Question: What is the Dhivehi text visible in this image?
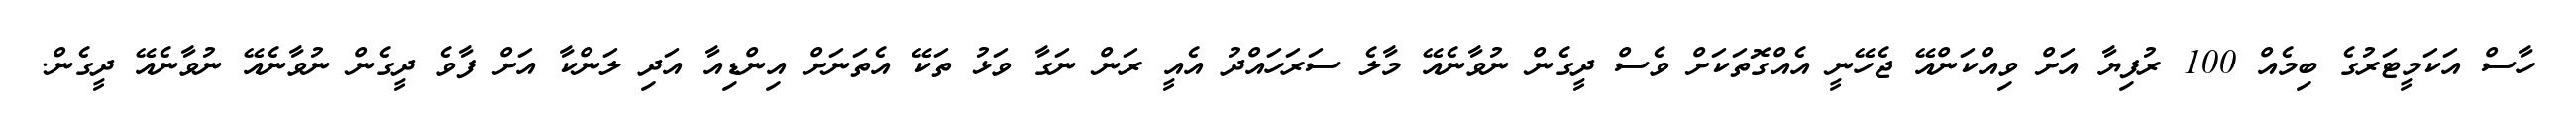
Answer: ހާސް އަކަމީޓަރުގެ ބިމެއް 100 ރުފިޔާ އަށް ވިއްކަންއޭ ޖެހޭނީ އެއްގޮތަކަށް ވެސް ދީގެން ނުވާނެއޭ މާލެ ސަރަހައްދު އެއީ ރަން ނަގާ ވަޅު ތަކޭ އެތަނަށް އިންޑިއާ އަދި ލަންކާ އަށް ފާވެ ދީގެން ނުވާނެއޭ ނުވާނެއޭ ދީގެން.